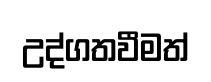
උද්ගතවීමත්